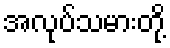
အလုပ်သမားတို့